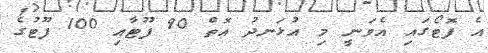
އެ ފޮޓޯގައި އެވަނީ މި އުޅަނދު އޮތް 90 ފޫޓާއި 100 ފޫޓުގެ